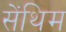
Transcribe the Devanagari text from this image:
सेंथिम